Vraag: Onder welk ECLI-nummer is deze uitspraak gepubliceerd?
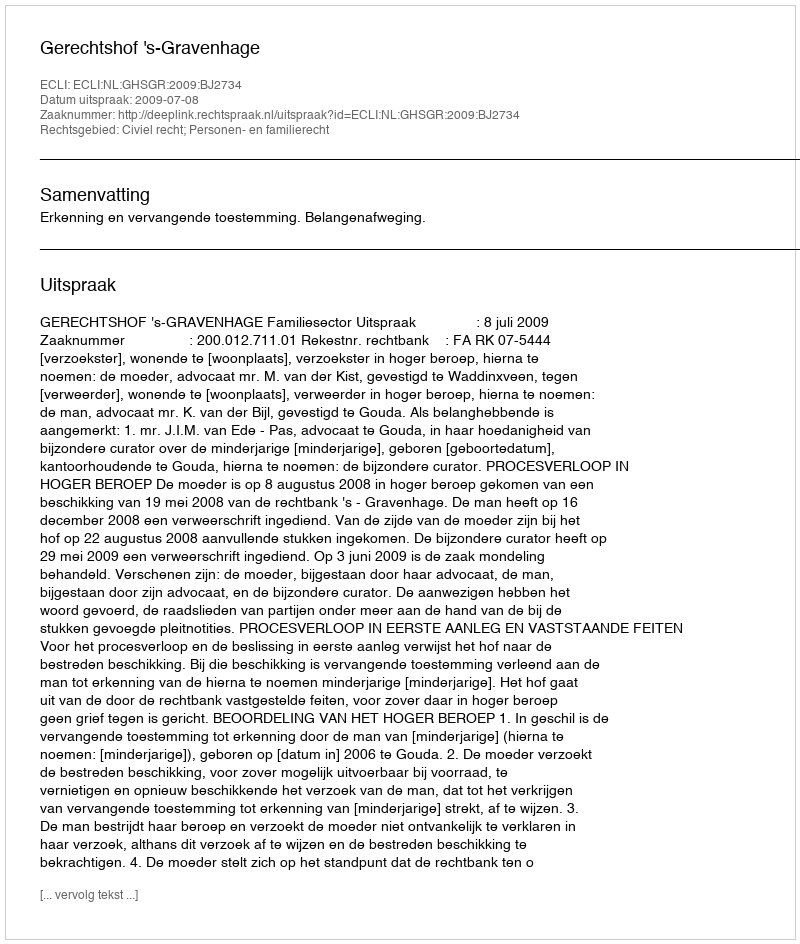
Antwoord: ECLI:NL:GHSGR:2009:BJ2734